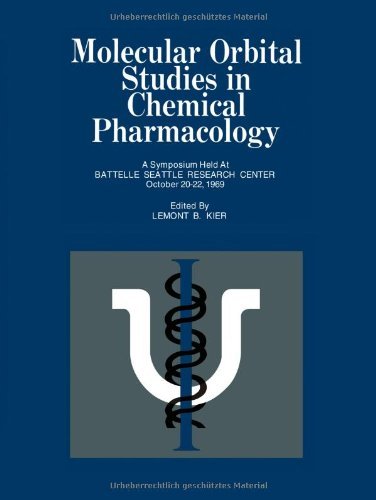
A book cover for Molecular Orbital Studies in Chemical Pharmacology [Paperback] [1970] (Author) Lemont B. Kier; Medical Books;